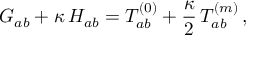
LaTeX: G _ { a b } + \kappa \, H _ { a b } = T _ { a b } ^ { ( 0 ) } + \frac { \kappa } { 2 } \, T _ { a b } ^ { ( m ) } \, ,